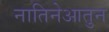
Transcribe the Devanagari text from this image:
नातिनेआतुन